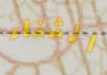
الثناء